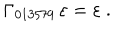
\Gamma _ { 0 1 3 5 7 9 } \, \varepsilon = \varepsilon ~ .